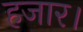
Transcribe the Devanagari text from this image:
हजार।